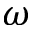
\omega